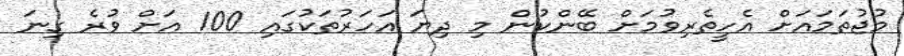
މުޖުތަމައަށް އެހީތެރިވުމަށް ބޭންކުން މި ދިޔަ އަހަރުތަކުގައި 100 އަށް ވުރެ ގިނަ